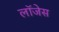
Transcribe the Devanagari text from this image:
लॉजेस